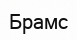
Брамс